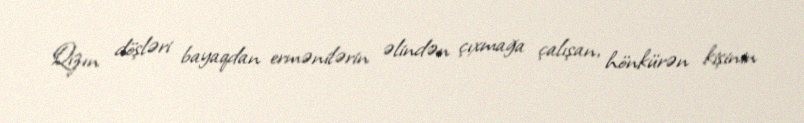
Qızın döşləri bayaqdan ermənilərin əlindən çıxmağa çalışan, hönkürən kişinin